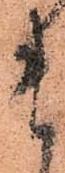
ま